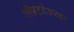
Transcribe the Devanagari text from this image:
सॉफ़्टवेअरवर